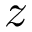
z